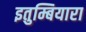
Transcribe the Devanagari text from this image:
इतुम्बियारा